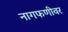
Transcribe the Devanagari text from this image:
नागफणीवर